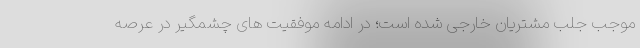
موجب جلب مشتریان خارجی شده است؛ در ادامه موفقیت های چشمگیر در عرصه